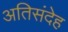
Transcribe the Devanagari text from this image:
अतिसंदेह